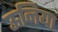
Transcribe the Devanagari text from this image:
ऊनिया